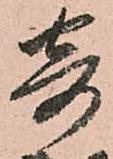
弆